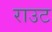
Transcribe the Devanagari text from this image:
राउट